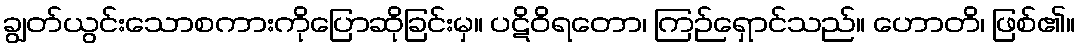
ချွတ်ယွင်းသောစကားကိုပြောဆိုခြင်းမှ။ ပဋိဝိရတော၊ ကြဉ်ရှောင်သည်။ ဟောတိ၊ ဖြစ်၏။